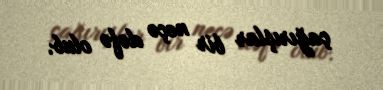
çağırışlar bir neçə dəfə olub.